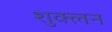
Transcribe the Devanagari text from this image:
शुक्लन